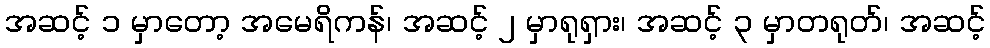
အဆင့် ၁ မှာတော့ အမေရိကန်၊ အဆင့် ၂ မှာရုရှား၊ အဆင့် ၃ မှာတရုတ်၊ အဆင့်